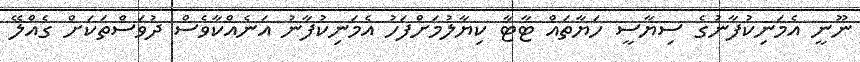
ނޫނީ އެމަނިކުފާނުގެ ސިޔާސީ ހަޔާތައް ޓާޓާ ކިޔާލުމަށްފަހު އެމަނިކުފާނު އަނެއްކާވެސް ދުވަސްތަކަށް ގެއްލޭ